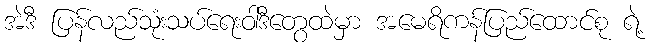
အဲဒီ ပြန်လည်သုံးသပ်ရေးဝါဒီတွေထဲမှာ အမေရိကန်ပြည်ထောင်စု ရဲ့